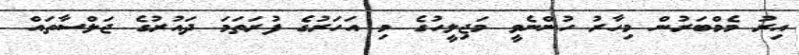
އިރު މެމްބަރުން މިހާރު ހުންނެވީ މަޖިލީހުގެ މި އަހަރުގެ ފުރަތަމަ ދައުރުގެ ޖަލްސާތައް